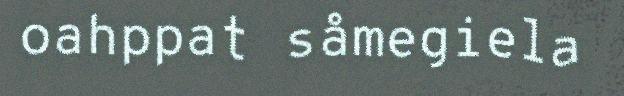
oahppat såmegiela